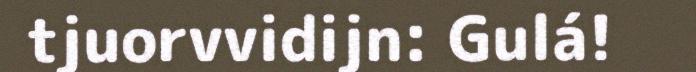
tjuorvvidijn: Gulá!